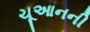
ચૂઆનની